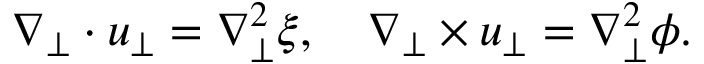
\nabla _ { \perp } \cdot \boldsymbol { u } _ { \perp } = \nabla _ { \perp } ^ { 2 } \xi , \quad \nabla _ { \perp } \times \boldsymbol { u } _ { \perp } = \nabla _ { \perp } ^ { 2 } \phi .